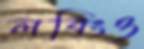
লবিংও